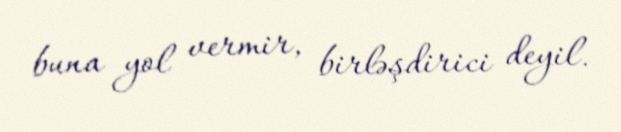
buna yol vermir, birləşdirici deyil.